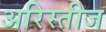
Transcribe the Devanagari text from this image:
अरिस्तीज